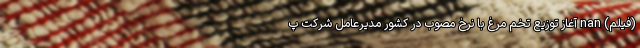
(فیلم) nan آغاز توزیع تخم مرغ با نرخ مصوب در کشور مدیرعامل شرکت پ